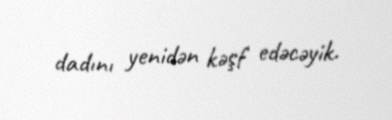
dadını yenidən kəşf edəcəyik.